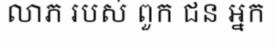
លាភ របស់ ពួក ជន អ្នក